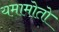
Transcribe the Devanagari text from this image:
यमामोतो